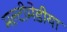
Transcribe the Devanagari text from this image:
मल्टीमेडीया